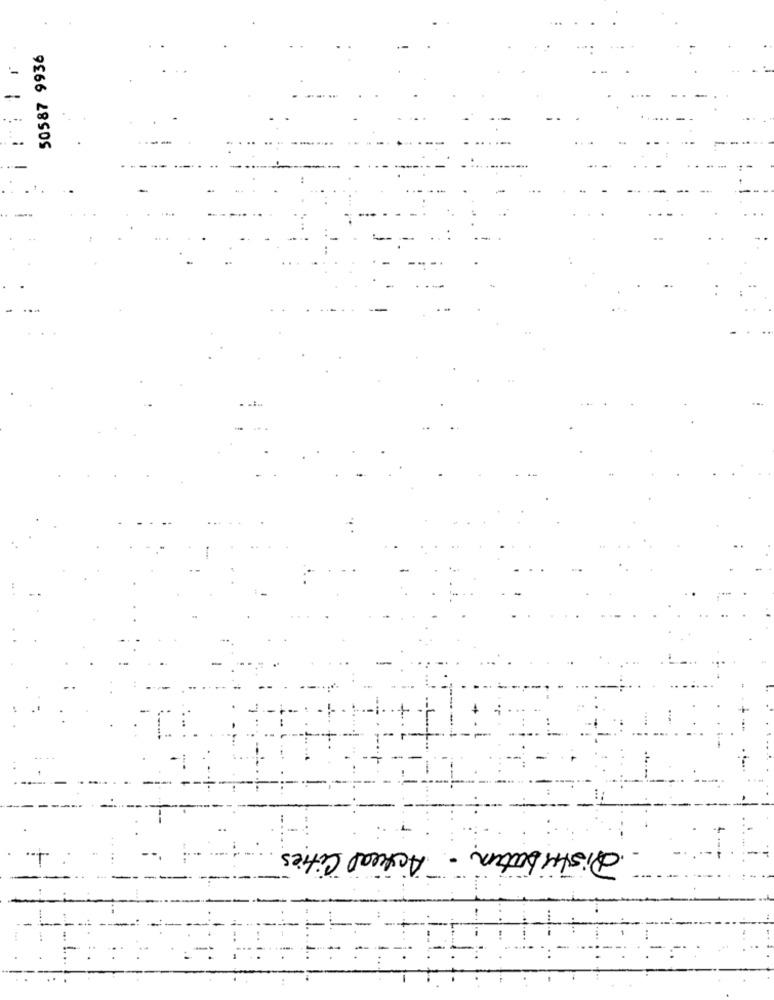
50587 9936
--
Distribution - Actual Cities